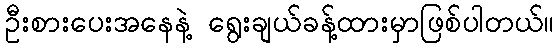
ဦးစားပေးအနေနဲ့ ရွေးချယ်ခန့်ထားမှာဖြစ်ပါတယ်။